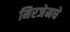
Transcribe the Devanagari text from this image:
मिरजेमधे